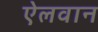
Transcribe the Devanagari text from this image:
ऐलवान